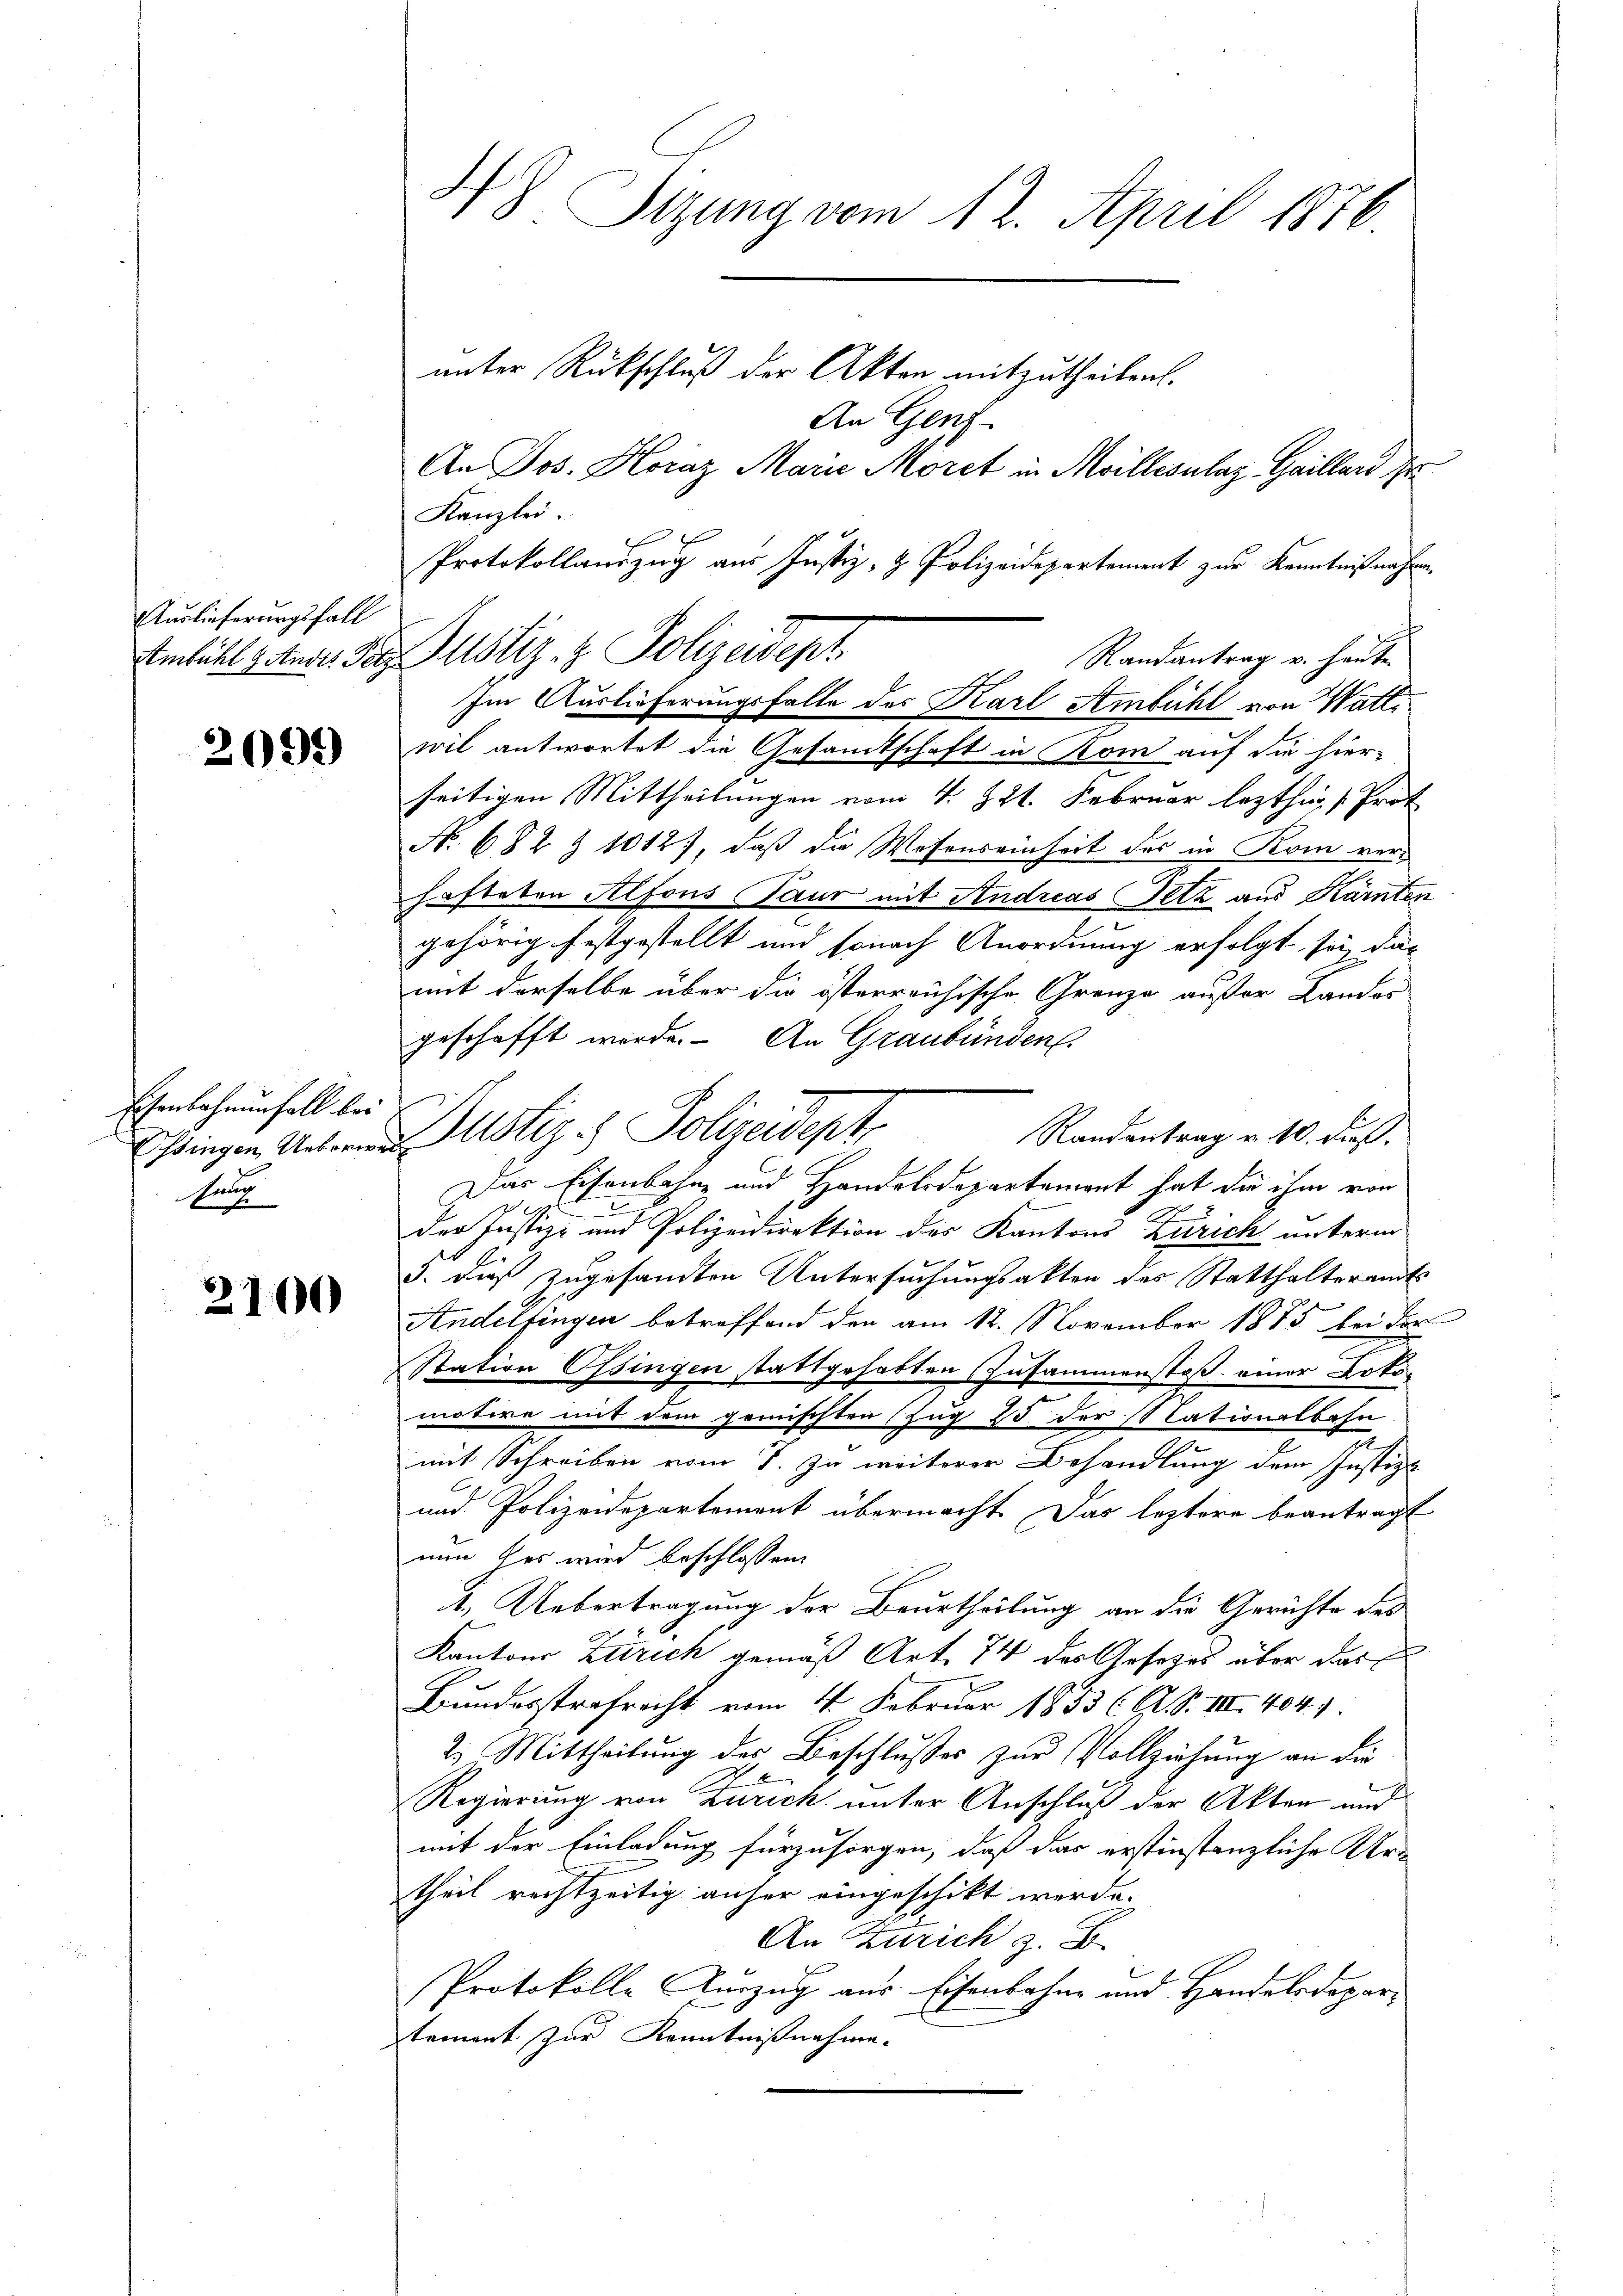
Auslieferungsfall

2092)

Eisenbahnenfall bei
kun

2100

48 Sizung vom 12. April 1876

Kanzlei.
Protokollauszug aus Justiz- & Polizeidepartement zur Kenntnißnahmen.
Randantrag u. heute
wil antwortet die Gesandtschaft in Kom auf die hier-
seitigen Mittheilungen vom 4. 221. Februar lezthings Prot
No. 682 Z 1012), daß die Wesenseinheit des in Rom verhafteten Alfons Paur mit Andreas Setz aus Kärnten
gehörig festgestellt und sonach Anordnung erfolgt sei, das
mit derselbe über die österreichische Grenze außer Landes
geschafft werde. An Graubünden.
Randantrag u. 10. Fuß.
Das Eisenbahne und Handelsdepartament hat die ihm von
t
der Justiz- und Polizeidirektion des Kantons Zürich unterm
3. dieß zugesandten Untersuchungsakten des Statthalteramts
Andelfingen betreffend den am 12. November 1875 bei der
Station Ossingen stattgehabten Zusammenstoß einer Lokomotive mit dem gemischten (Zug 25 der Nationalbahn
2
mit Schreiben vom T. zu weiterer Behandlung dem Justiz-
und Polizeidepartement übermacht. Das leztere beantragt
nun des wird beschlossen:
1. Uebertragung der Beurtheilung an die Gerichte des
Kantons Zürich gemäß Art. 74 des Gesetzes über das
2
Bundesstrafrecht vom 4. Februar 1853 (A. S. III 404.)
2.) Mittheilung des Beschlusses zur Vollziehung an die
Regierung von Zürich unter Anschluß der Akten und
mit der Einladung fürzusorgen, daß das erstinstanzliche Urtheil rechtzeitig anher eingeschikt werde.
An Zürich z. B.
Protokolle Auszug aus Eisenbahne und Handelsdeparstement zur Kenntnißnahme

Ambühl u. Ende. Das Justiz- & Polizeident
Im Auslieferungsfalle des Karl Ambühl von Watt¬

Ehringen Unterend Astiz & Polizeidept

unter Rückschluß der Akten mitzutheilen.
An Genf.
An Jos. Horaz Marie Morct in Meillesalaz Gaillard se